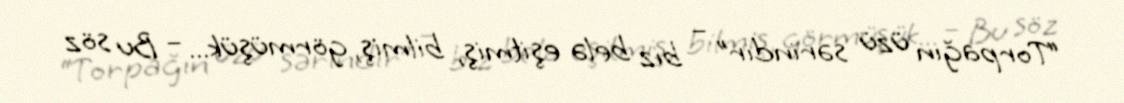
“Torpağın üzü sərindir” – biz belə eşitmiş, bilmiş, görmüşük... – Bu söz